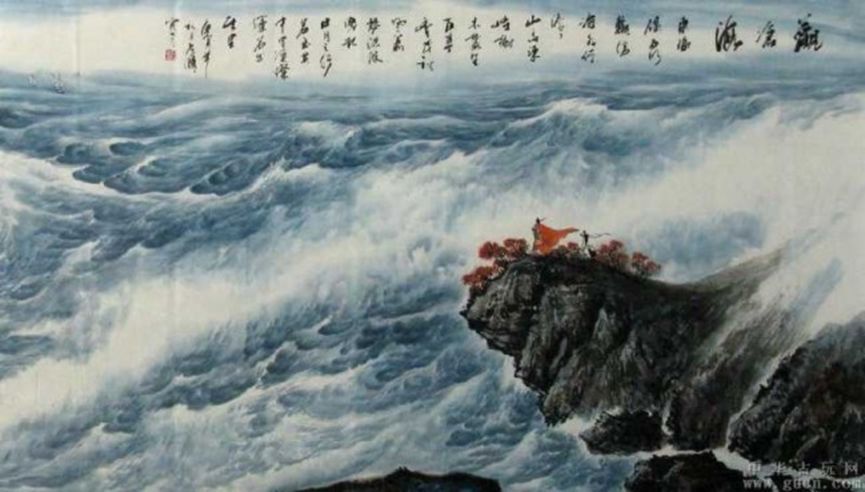
怒涛卷霜雪，天堑无涯。